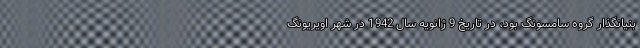
بنیانگذار گروه سامسونگ بود، در تاریخ 9 ژانویه سال 1942 در شهر اویریونگ